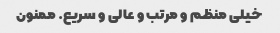
خیلی منظم و مرتب و عالی و سریع. ممنون